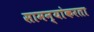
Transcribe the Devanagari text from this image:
सामन्यांकरता